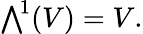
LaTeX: {\textstyle\bigwedge}^{\! 1}(V)=V.